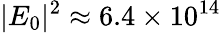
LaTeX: |E_{0}|^{2}\approx 6.4\times 10^{14}